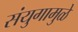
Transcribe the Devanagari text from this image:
संयुगामुळे